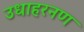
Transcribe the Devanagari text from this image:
उधाहरनण